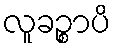
လူခဉ္စာပိ